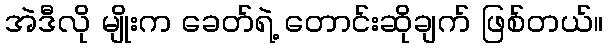
အဲဒီလို မျိုးက ခေတ်ရဲ့ တောင်းဆိုချက် ဖြစ်တယ်။